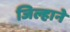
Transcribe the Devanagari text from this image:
जिल्हाने